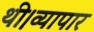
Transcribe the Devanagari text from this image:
थी।व्यापार